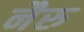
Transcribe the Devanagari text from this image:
नैरु